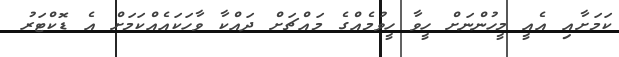
ކަމަށާއި އެއީ މީހުންނަށް ހީވާ ހީވުމެއްގެ މައްޗަށް ދައްކާ ވާހަކައެއްކަމަށް އެ ޑޮކްޓަރު